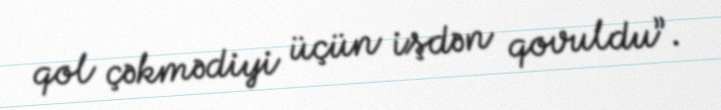
qol çəkmədiyi üçün işdən qovuldu”.